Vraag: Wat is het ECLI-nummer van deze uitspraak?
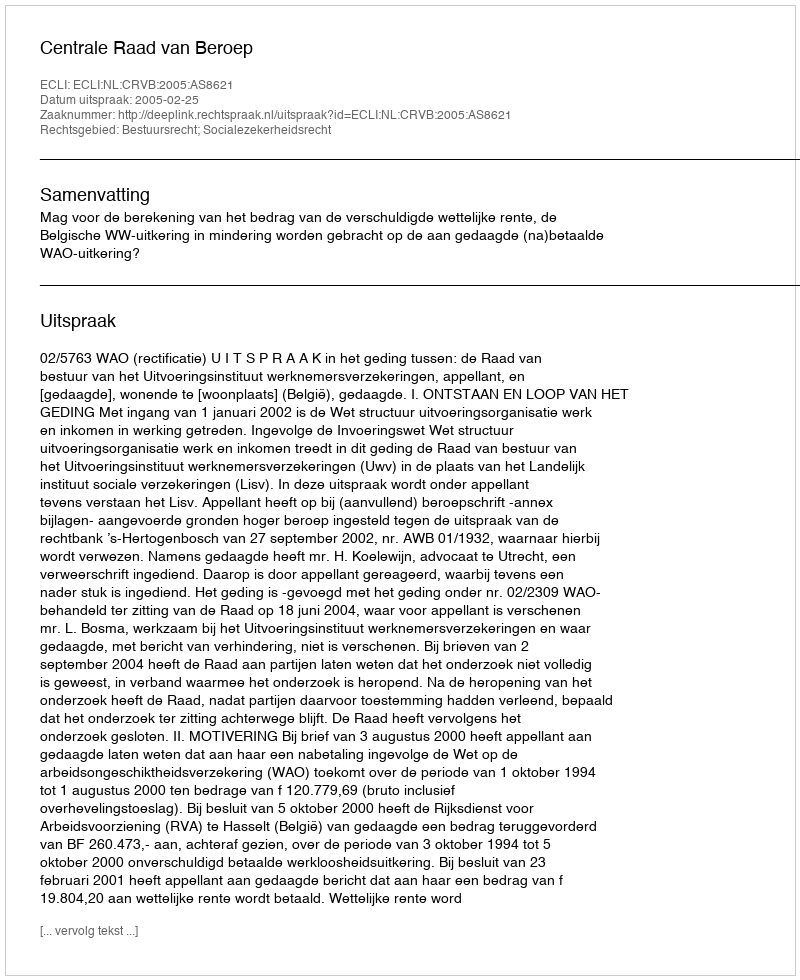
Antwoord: ECLI:NL:CRVB:2005:AS8621